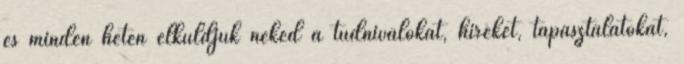
és minden héten elküldjük neked a tudnivalókat, híreket, tapasztalatokat,